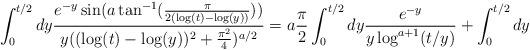
LaTeX: \begin{align*} \int_{0}^{t/2} dy \frac{e^{-y}\sin(a\tan^{-1}(\frac{\pi}{2(\log(t)-\log(y))}))}{y((\log(t)-\log(y))^{2}+\frac{\pi^{2}}{4})^{a/2}}&=a\frac{\pi}{2}\int_{0}^{t/2} dy \frac{e^{-y}}{y\log^{a+1}(t/y)} + \int_{0}^{t/2} dy \end{align*}